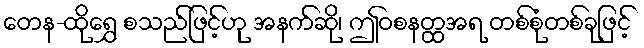
တေန-ထိုရွှေ စသည်ဖြင့်ဟု အနက်ဆို၊ ဤဝစနတ္ထအရ တစ်စုံတစ်ခုဖြင့်